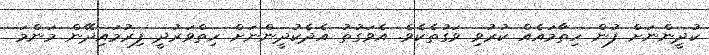
ކުދީންނަށް ފުން ހިތާމައެއް ކުރުވި ވަގުތެކެވެ. އެވަގުތު އެދެކުދީންނަށް ހިތްވަރުދީ ފިރުމައިދޭން މަންމަ